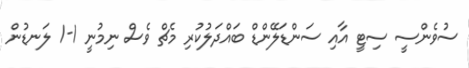
ސުވެންސީ ސިޓީ އާއި ސަންޑަލޭންޑް ބައްދަލުކުރި މެޗް ވެސް ނިމުނީ 1-1 ލަނޑުން